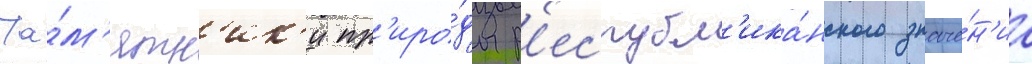
Па́м'ятн'ик'и пр'иро́ды р'еспубл'ика́нского значе́н'иа